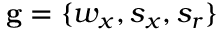
\mathbf { g } = \{ w _ { x } , s _ { x } , s _ { r } \}